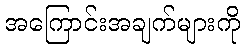
အကြောင်းအချက်များကို